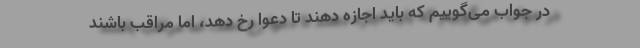
در جواب می‌‌گوییم که باید اجازه دهند تا دعوا رخ دهد، اما مراقب باشند